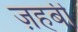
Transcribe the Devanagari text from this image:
ज़हबी